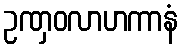
ဥဏှဝလာဟကာနံ